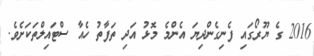
2016 ގެ ޔޫރޯގައި ފެނިގެންދިޔަ އެންމެ މޮޅު އަދި ތަފާތު ހެއާ ސްޓައިލްތަކަށެވެ.